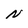
Character: N